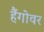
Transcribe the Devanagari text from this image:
हैंगोवर